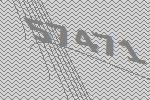
57471